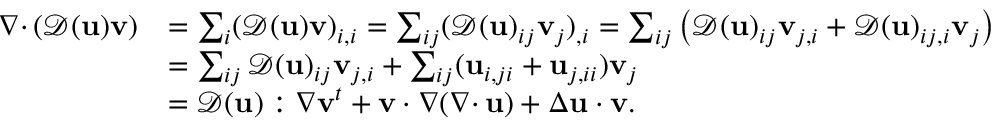
\begin{array} { r l } { { { \nabla \cdot } \, } ( { \mathcal { D } } ( { \mathbf u } ) { \mathbf v } ) } & { = \sum _ { i } ( { \mathcal { D } } ( { \mathbf u } ) { \mathbf v } ) _ { i , i } = \sum _ { i j } ( { \mathcal { D } } ( { \mathbf u } ) _ { i j } { \mathbf v } _ { j } ) _ { , i } = \sum _ { i j } \big ( { \mathcal { D } } ( { \mathbf u } ) _ { i j } { \mathbf v } _ { j , i } + { \mathcal { D } } ( { \mathbf u } ) _ { i j , i } { \mathbf v } _ { j } \big ) } \\ & { = \sum _ { i j } { \mathcal { D } } ( { \mathbf u } ) _ { i j } { \mathbf v } _ { j , i } + \sum _ { i j } ( { \mathbf u } _ { i , j i } + { \mathbf u } _ { j , i i } ) { \mathbf v } _ { j } } \\ & { = { \mathcal { D } } ( { \mathbf u } ) : \nabla { \mathbf v } ^ { t } + { \mathbf v } \cdot \nabla ( { { \nabla \cdot } \, } { \mathbf u } ) + \Delta { \mathbf u } \cdot { \mathbf v } . } \end{array}